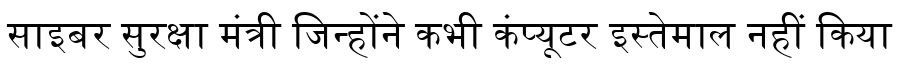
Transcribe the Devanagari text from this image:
साइबर सुरक्षा मंत्री जिन्होंने कभी कंप्यूटर इस्तेमाल नहीं किया